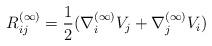
LaTeX: \begin{align*}R^{(\infty)}_{ij}=\frac{1}{2}(\nabla^{(\infty)}_{i}V_{j}+\nabla^{(\infty)}_{j}V_{i})\end{align*}